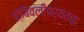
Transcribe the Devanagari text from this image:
डोंबिवलीपर्यंतचा